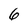
Character: 6